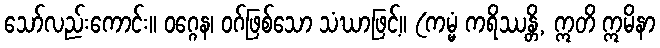
သော်လည်းကောင်း။ ဝဂ္ဂေန၊ ဝဂ်ဖြစ်သော သံဃာဖြင့်။ (ကမ္မံ ကရိဿန္တိ, ဣတိ ဣမိနာ